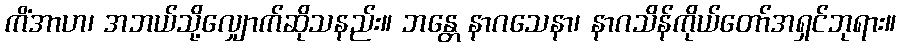
ကိံအာဟ၊ အဘယ်သို့လျှောက်ဆိုသနည်း။ ဘန္တေ နာဂသေနာ၊ နာဂသိန်ကိုယ်တော်အရှင်ဘုရား။